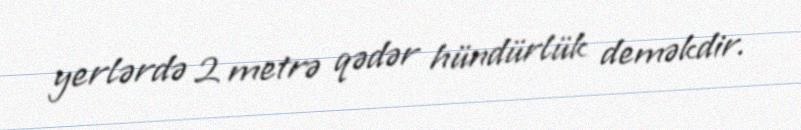
yerlərdə 2 metrə qədər hündürlük deməkdir.